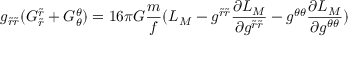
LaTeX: g _ { \tilde { r } \tilde { r } } ( G _ { \tilde { r } } ^ { \tilde { r } } + G _ { \theta } ^ { \theta } ) = 1 6 \pi G \frac { m } { f } ( L _ { M } - g ^ { \tilde { r } \tilde { r } } \frac { \partial L _ { M } } { \partial g ^ { \tilde { r } \tilde { r } } } - g ^ { \theta \theta } \frac { \partial L _ { M } } { \partial g ^ { \theta \theta } } )